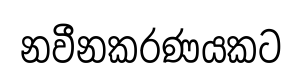
නවීනකරණයකට